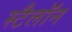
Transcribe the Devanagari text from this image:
स्टैलॉन